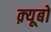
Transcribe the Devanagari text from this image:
क़्यूबो